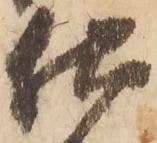
仕